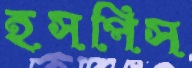
হসপিস